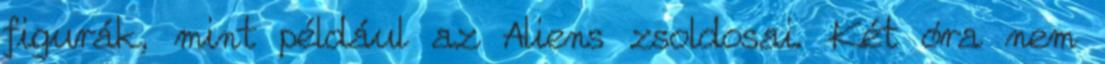
figurák, mint például az Aliens zsoldosai. Két óra nem